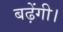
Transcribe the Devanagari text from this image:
बढ़ेंगी।